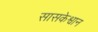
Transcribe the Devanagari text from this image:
सासकेश्वान